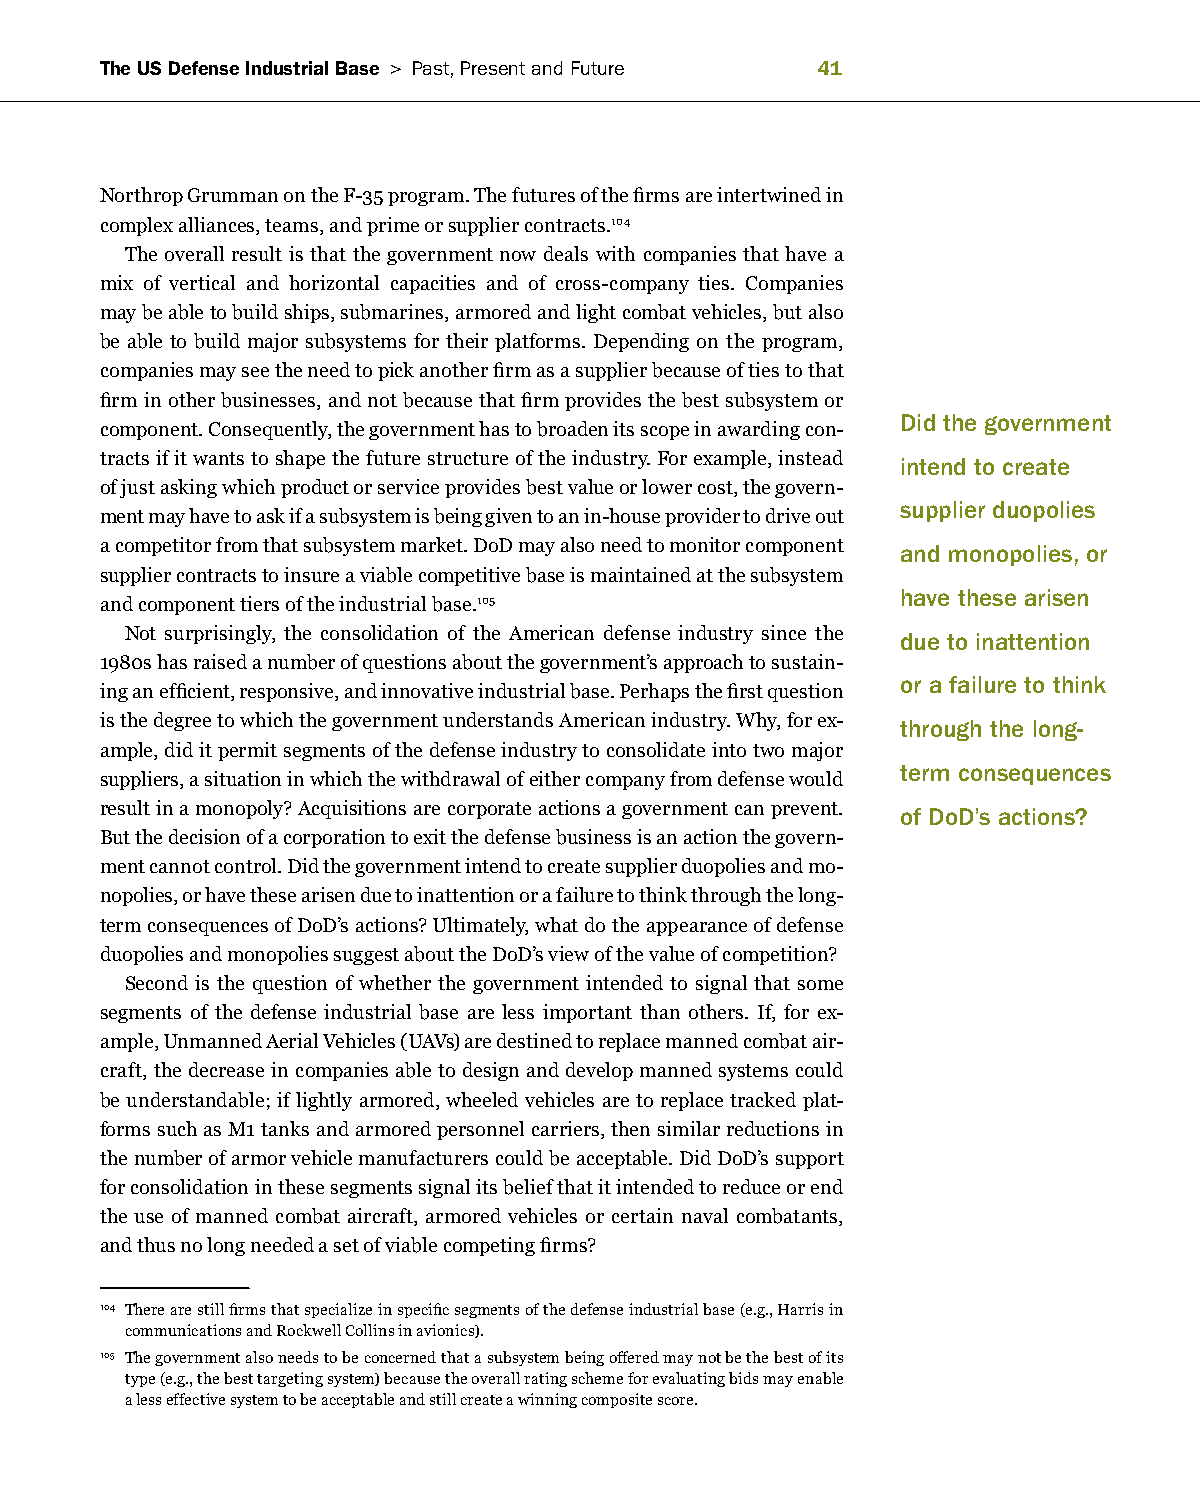
The US Defense Industrial Base > Past, Present and future 1
 Northrop Grumman on the F-35 program. The futures of the firms are intertwined in
 complex alliances, teams, and prime or supplier contracts.104
 The overall result is that the government now deals with companies that have a
 mix of vertical and horizontal capacities and of cross-company ties. Companies
 may be able to build ships, submarines, armored and light combat vehicles, but also
 be able to build major subsystems for their platforms. Depending on the program,
 companies may see the need to pick another firm as a supplier because of ties to that
 firm in other businesses, and not because that firm provides the best subsystem or
 Did the government
 component. Consequently, the government has to broaden its scope in awarding con-
 tracts if it wants to shape the future structure of the industry. For example, instead intend to create
 of just asking which product or service provides best value or lower cost, the govern-
 supplier duopolies
 ment may have to ask if a subsystem is being given to an in-house provider to drive out
 a competitor from that subsystem market. DoD may also need to monitor component and monopolies, or
 supplier contracts to insure a viable competitive base is maintained at the subsystem
 have these arisen
 and component tiers of the industrial base.105
 Not surprisingly, the consolidation of the American defense industry since the due to inattention
 1980s has raised a number of questions about the government’s approach to sustain-
 or a failure to think
 ing an efficient, responsive, and innovative industrial base. Perhaps the first question
 is the degree to which the government understands American industry. Why, for ex- through the long-
 ample, did it permit segments of the defense industry to consolidate into two major
 term consequences
 suppliers, a situation in which the withdrawal of either company from defense would
 result in a monopoly? Acquisitions are corporate actions a government can prevent. of DoD’s actions?
 But the decision of a corporation to exit the defense business is an action the govern-
 ment cannot control. Did the government intend to create supplier duopolies and mo-
 nopolies, or have these arisen due to inattention or a failure to think through the long-
 term consequences of DoD’s actions? Ultimately, what do the appearance of defense
 duopolies and monopolies suggest about the DoD’s view of the value of competition?
 Second is the question of whether the government intended to signal that some
 segments of the defense industrial base are less important than others. If, for ex-
 ample, Unmanned Aerial Vehicles (UAVs) are destined to replace manned combat air-
 craft, the decrease in companies able to design and develop manned systems could
 be understandable; if lightly armored, wheeled vehicles are to replace tracked plat-
 forms such as M1 tanks and armored personnel carriers, then similar reductions in
 the number of armor vehicle manufacturers could be acceptable. Did DoD’s support
 for consolidation in these segments signal its belief that it intended to reduce or end
 the use of manned combat aircraft, armored vehicles or certain naval combatants,
 and thus no long needed a set of viable competing firms?
 104 There are still firms that specialize in specific segments of the defense industrial base (e.g., Harris in
 communications and Rockwell Collins in avionics).
 105 The government also needs to be concerned that a subsystem being offered may not be the best of its
 type (e.g., the best targeting system) because the overall rating scheme for evaluating bids may enable
 a less effective system to be acceptable and still create a winning composite score.